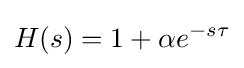
H(s)=1+\alpha e^{-s\tau }